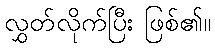
လွှတ်လိုက်ပြီး ဖြစ်၏။